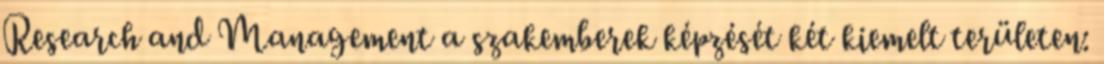
Research and Management a szakemberek képzését két kiemelt területen: